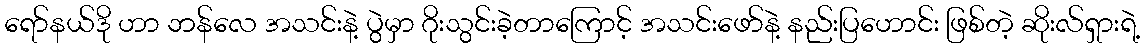
ရော်နယ်ဒို ဟာ ဘန်လေ အသင်းနဲ့ ပွဲမှာ ဂိုးသွင်းခဲ့တာကြောင့် အသင်းဖော်နဲ့ နည်းပြဟောင်း ဖြစ်တဲ့ ဆိုးလ်ရှားရဲ့